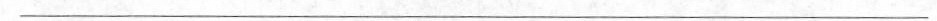
___